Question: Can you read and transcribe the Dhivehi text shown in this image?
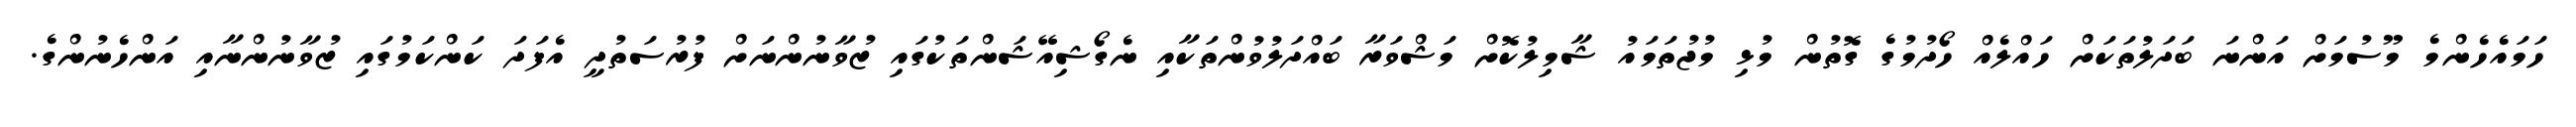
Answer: ހަމައެހެންމެ މޫސުމަށް އަންނަ ބަދަލުތަކަށް ހައްލެއް ހޯދުމުގެ ގޮތުން މުޅި މުޖުތަމައު ޝާމިލުކޮށް މަޝްވަރާ ބައްދަލުވުންތަކާއި ނެގޯޝިއޭޝަންތަކުގައި ޒުވާނުންނަށް ފުރުސަތުދީ އެފަދަ ކަންކަމުގައި ޒުވާނުންނާއި އަންހެނުންގެ.